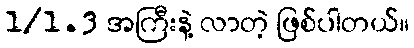
1/1.3 အကြီးနဲ့ လာတဲ့ ဖြစ်ပါတယ်။